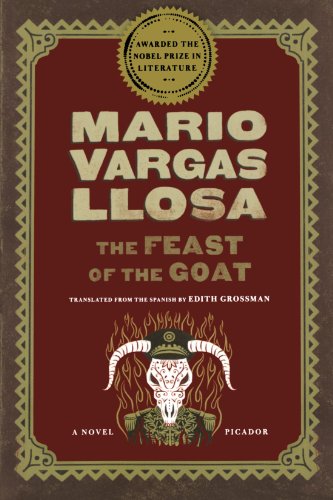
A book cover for The Feast of the Goat: A Novel; Mario Vargas Llosa; Literature & Fiction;